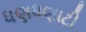
ધણધણાટી